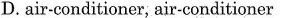
D. air-conditioner, air-conditioner